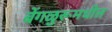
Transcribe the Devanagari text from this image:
बेंगळुरूमधील